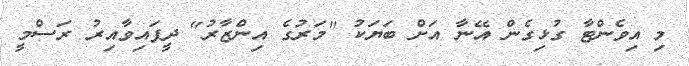
މި އިވެންޓާ ގުޅިގެން އޭނާ އަށް ބަޔަކު "މަރުގެ އިންޒާރު" ދީފައިވާއިރު ރަސްމީ